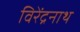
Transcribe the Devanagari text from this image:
विरेंद्रनाथ